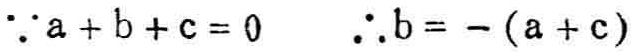
\(\because a + b + c = 0 \quad \therefore b = -(a + c)\)